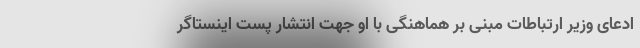
ادعای وزیر ارتباطات مبنی بر هماهنگی با او جهت انتشار پست اینستاگر